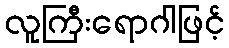
လူကြီးရောဂါဖြင့်